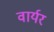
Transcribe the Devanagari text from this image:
वार्यर